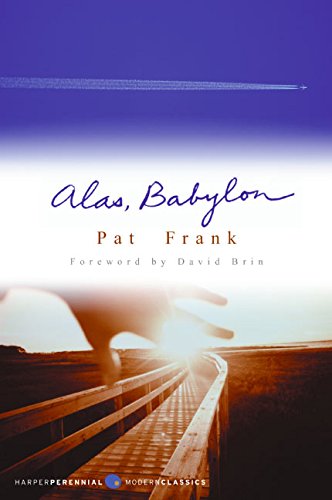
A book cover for Alas, Babylon; Pat Frank; Science Fiction & Fantasy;